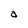
Character: a